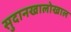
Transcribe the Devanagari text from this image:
सुदानखालोखाल